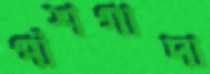
পাঁশগাদা